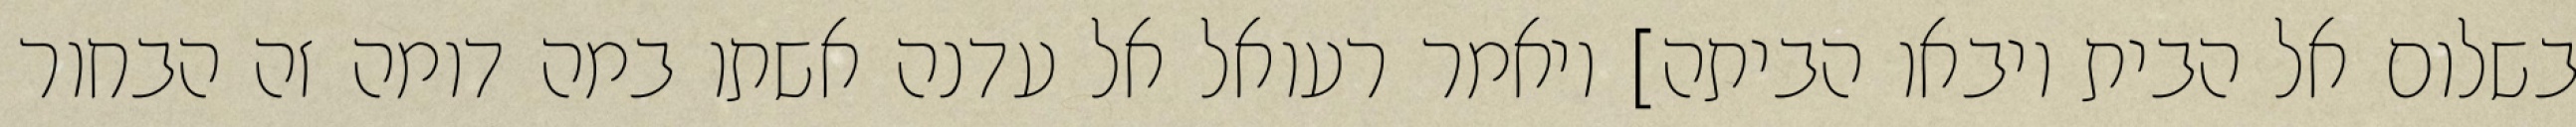
בשלום אל הבית ויבאו הביתה] ויאמר רעואל אל עדנה אשתו במה דומה זה הבחור